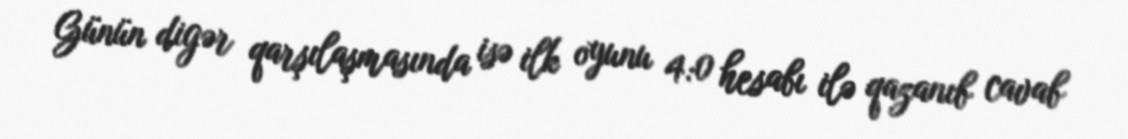
Günün digər qarşılaşmasında isə ilk oyunu 4:0 hesabı ilə qazanıb cavab